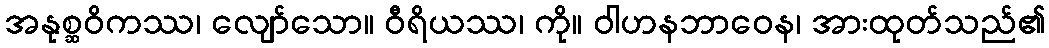
အနုစ္ဆဝိကဿ၊ လျော်သော။ ဝီရိယဿ၊ ကို။ ဝါဟနဘာဝေန၊ အားထုတ်သည်၏